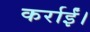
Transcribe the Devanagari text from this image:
कर्राईं।